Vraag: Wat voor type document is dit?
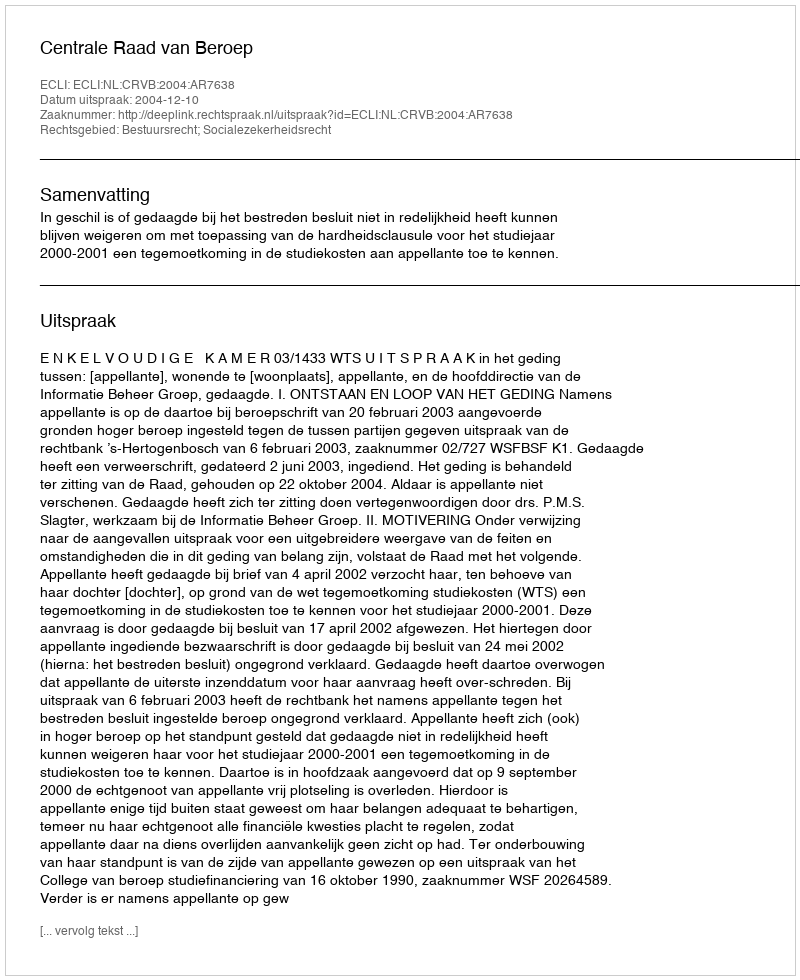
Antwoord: Uitspraak